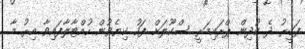
ފަގީރު ދެ ކުދިން ޕްރައިމަރީ ސްކޫލަށް ފަހު ކިޔެވުން ހުއްޓާލާފައިވާ އިރު މާ